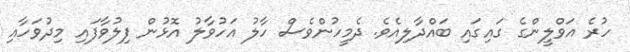
ހުރެ އަވްލީންގެ ގައިގައި ބައްދާލިއެވެ. ދެމީހުންވެސް ހާލު އަހުވާލު އޮޅުން ފިލުވާފައި މިދުވަހާއި